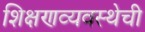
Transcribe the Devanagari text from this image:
शिक्षणव्यवस्थेची